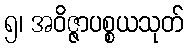
၅၊ အဝိဇ္ဇာပစ္စယသုတ်